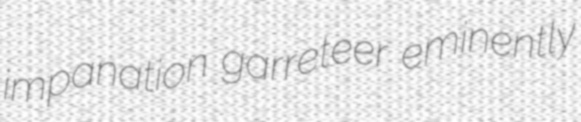
impanation garreteer eminently